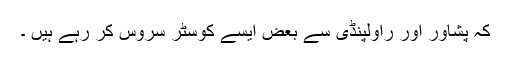
کہ پشاور اور راولپنڈی سے بعض ایسے کوسٹر سروس کر رہے ہیں ۔